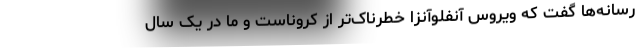
رسانه‌ها گفت که ویروس آنفلوآنزا خطرناک‌تر از کروناست و ما در یک سال